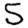
Digit: 5